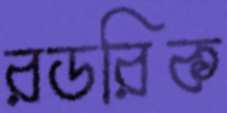
রডরিক